Eestimaa_Kommunistliku_Partei_Keskkomitee, lk 30
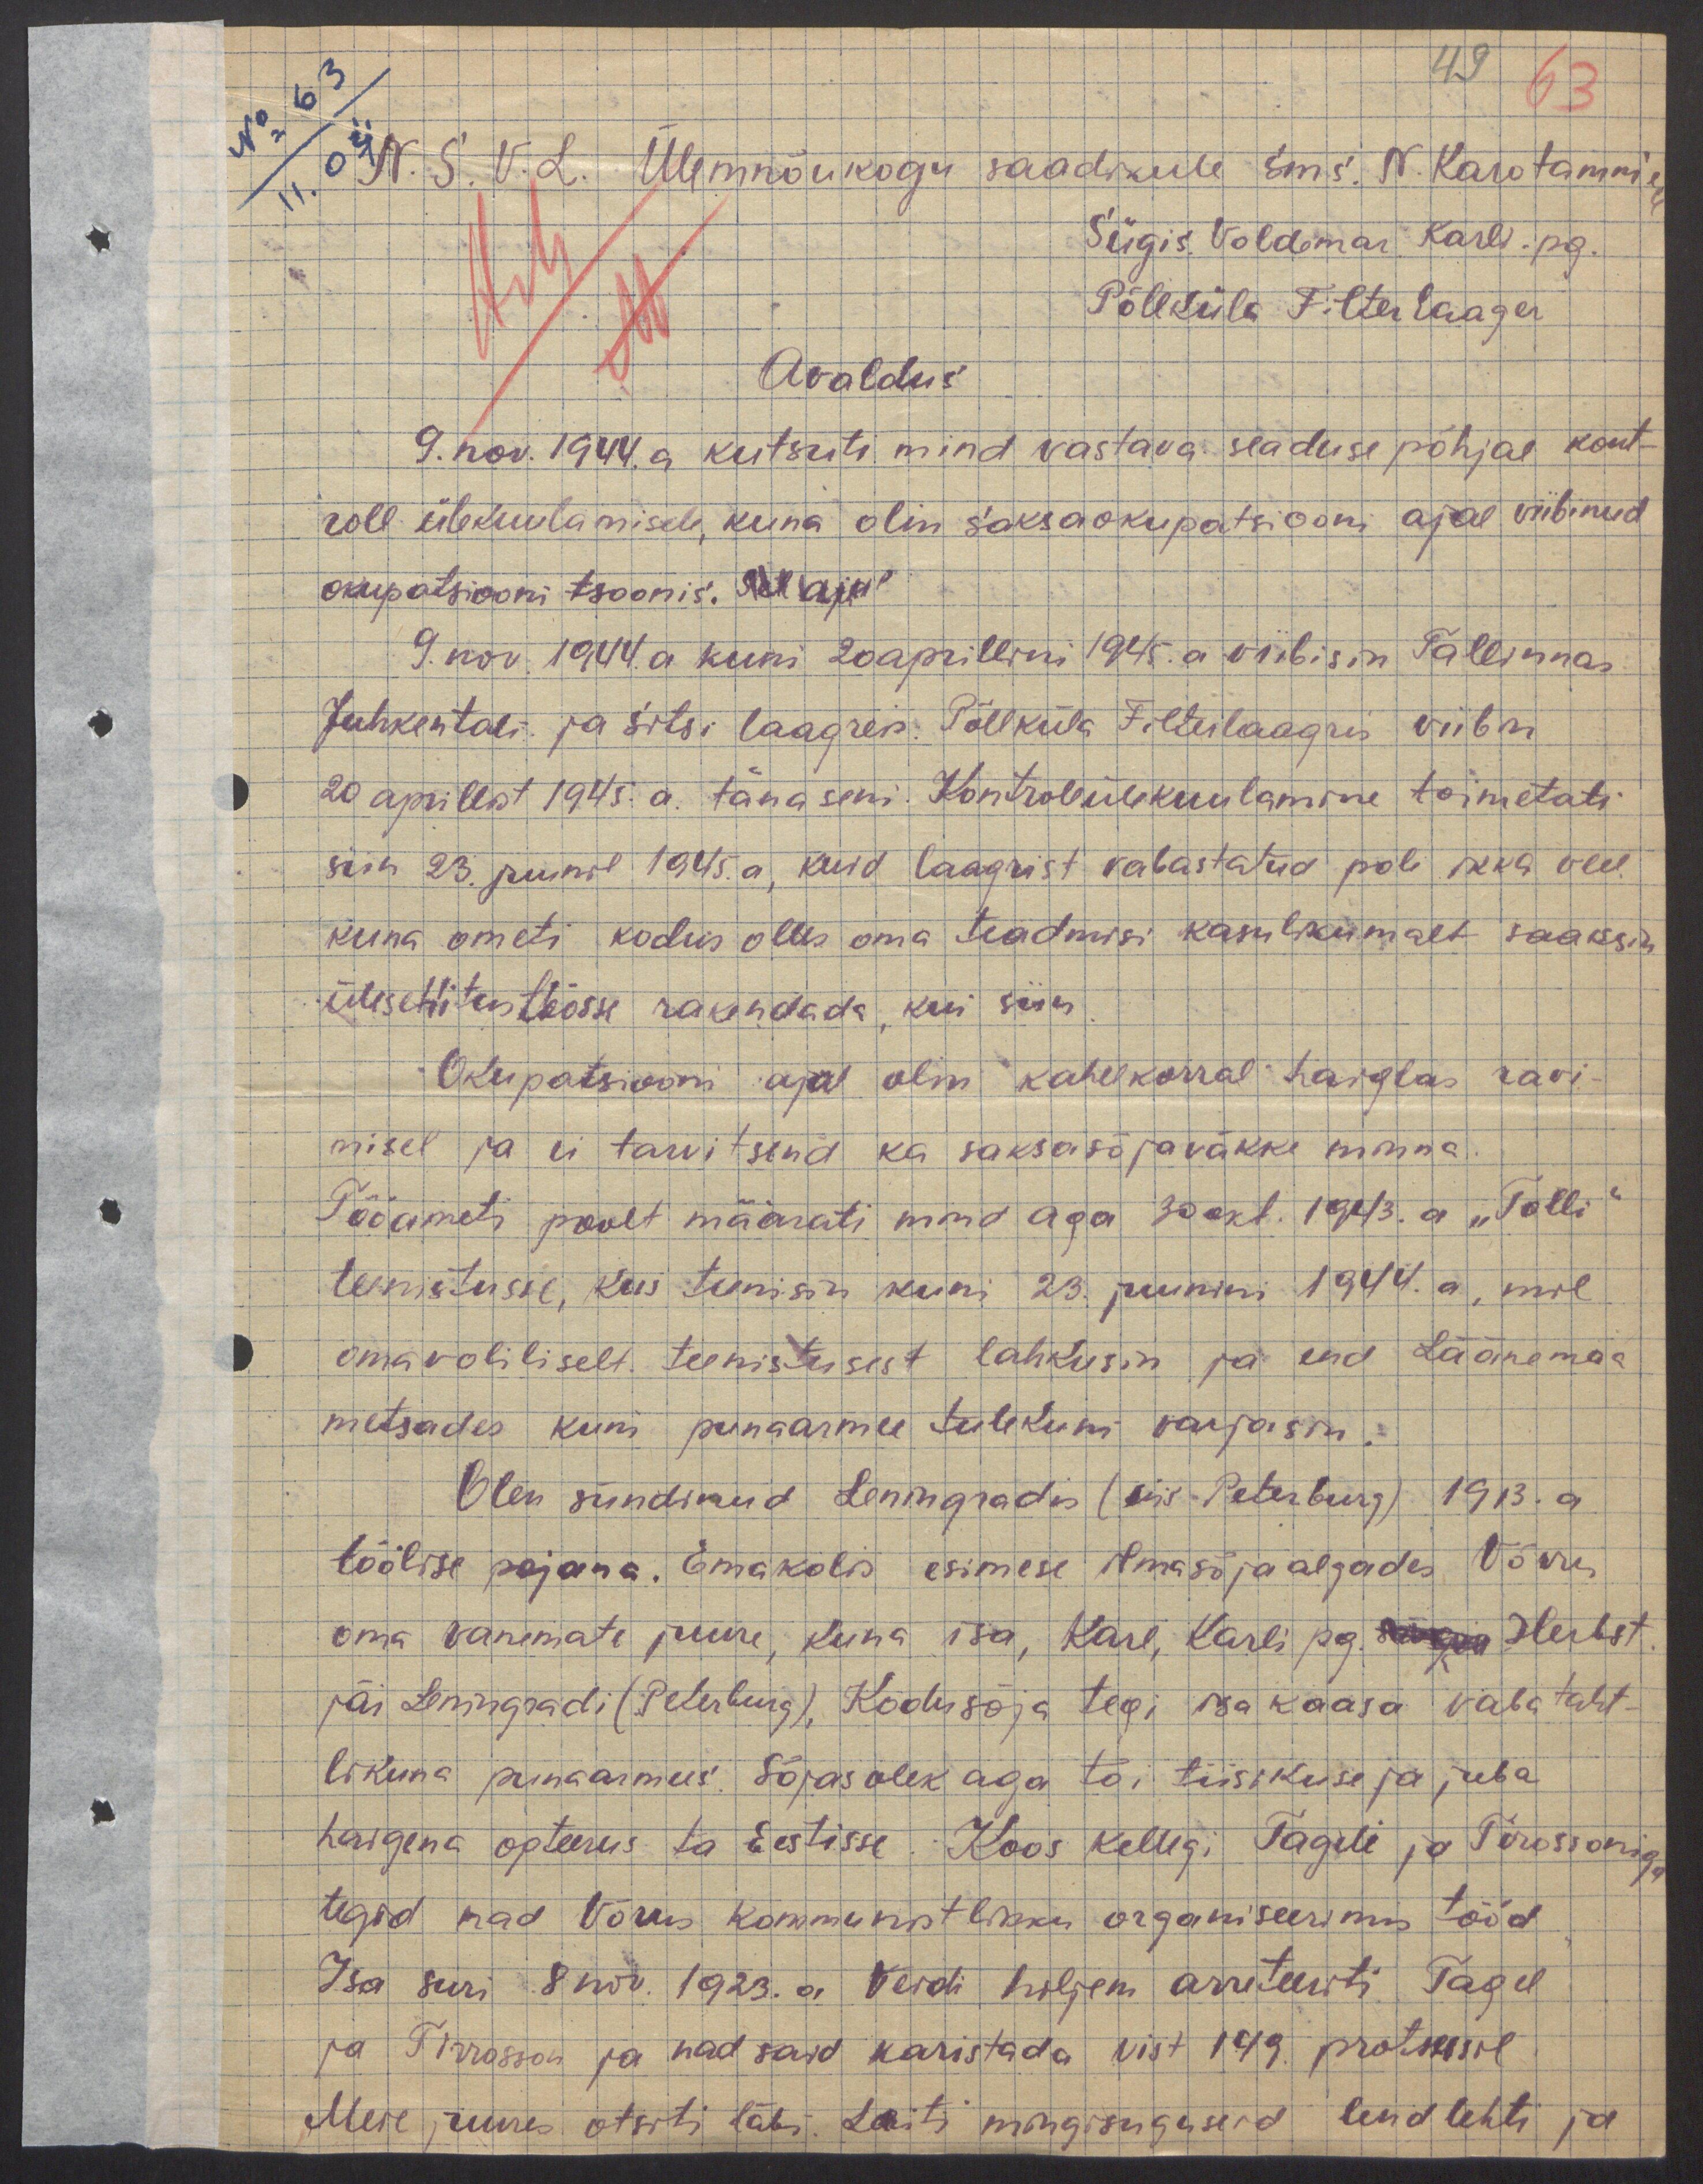
49
No 63
63
11.04
N.S.V.L. Ülemnõukogu saadikule Sms. N. Karotammile
Sügis. Voldemar Karli. pg.
Põllküla Filterlaager
Avaldus
9. nov. 1944. a kutsuti mind vastava seaduse põhjal kont-
roll ülekuulamisele, kuna olin saksaokupatsiooni ajal viibinud
okupatsiooni tsoonis. Sel ajal
9. nov. 1944. a kuni 20aprillini 1945. a viibisin Tallinnas
Juhkentali ja Sitsi laagreis. Põllküla Filterlaagris viibin
20 aprillist 1945. a. tänaseni. Kontrollülekuulamine toimetati
siin 23. juunil 1945.a, kuid laagrist vabastatud pole ikka veel.
kuna ometi kodus olles oma teadmisi kasulikumalt saaksin
ülesehitustöösse rakendada, kui siin
Okupatsiooni ajal olin kahelkorral haiglas ravi-
misel ja ei tarvitsend ka saksasõjaväkke minna.
Tööameti poolt määrati mind aga 30 okt. 1943. a "Tolli"
teenistusse, kus teenisin kuni 23. juunini 1944. a, mil
omavoliliselt teenistusest lahkusin ja end Läänemaa
metsades kuni punaarmee tulekuni varjasin.
Olen sündinud Leningradis (siis Peterburg) 1913. a
töölise pojana. Emakolis esimese ilmasõja algades Võrru
oma vanemate juure, kuna isa, Karl, Karli pg. ningis Herbst
jäi Leningradi (Peterburg), Kodusõja tegi isa kaasa vabataht-
likuna punaarmees. Sõjas olek aga tõi tiisikuse ja juba
haigena opteerus ta Eestisse. Koos kellegi Tageli ja Tirossoniga
tegid nad Võrus kommunistlikku organiseerimis tööd
Isa suri 8 nov. 1923. a Veidi hiljem arreteeriti Tagel
ja Tirrosson ja nad said karistada vist 149 protsessil
Meie juures otsiti läbi. Leiti mingisuguseid lendlehti ja